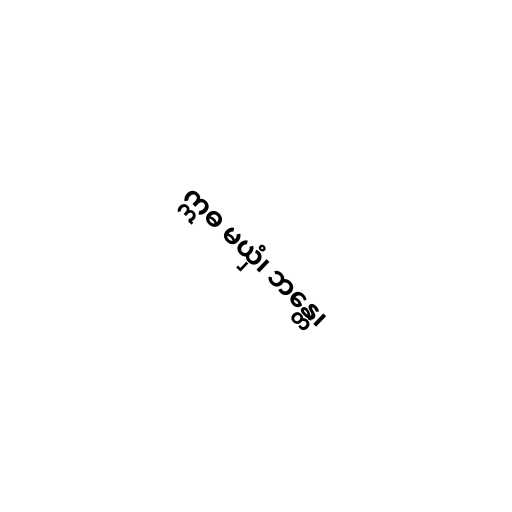
ဣဓ မယှံ၊ ဘန္တေ၊